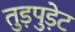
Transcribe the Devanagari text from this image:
तुड़पुड़ेट